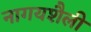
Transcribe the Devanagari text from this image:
नागयशैली